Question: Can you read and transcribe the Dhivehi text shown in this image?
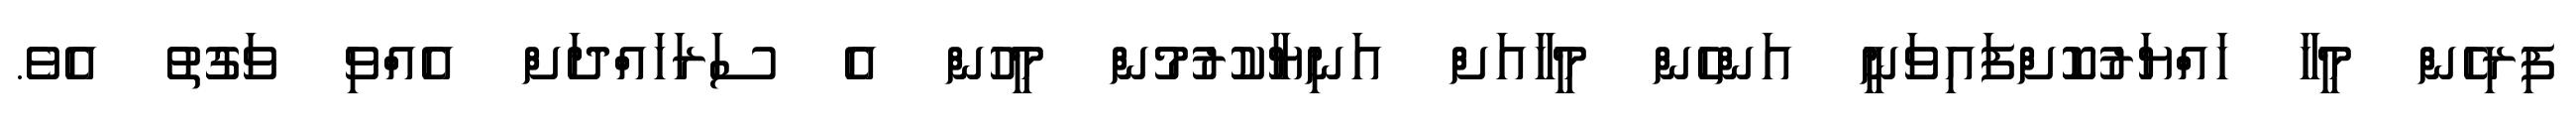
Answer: ފިރިހެން މީހާ ހައްޔަރުކޮށްފައިވަނީ އަންހެން މީހާއަށް އަނިޔާކުރުމުން މީހުން އެ ސަރަހައްދަށް އެއްވި ވަގުތު އެވެ.